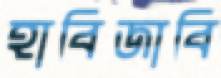
হাবিজাবি